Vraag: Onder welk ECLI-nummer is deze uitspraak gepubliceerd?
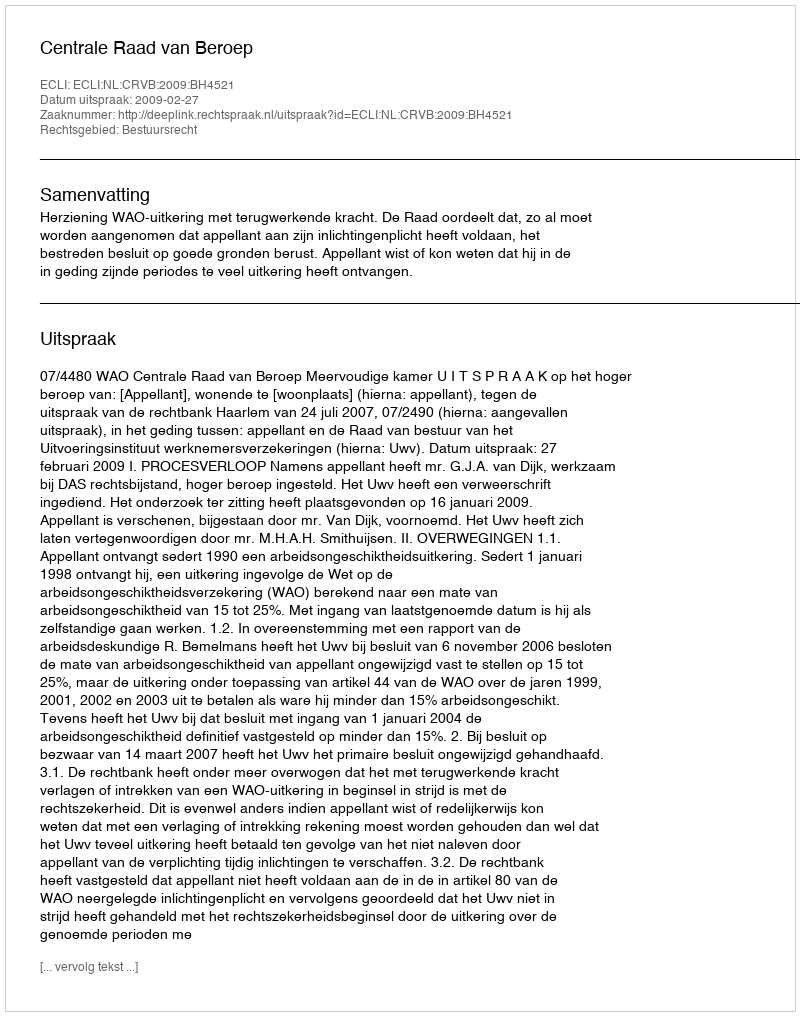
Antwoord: ECLI:NL:CRVB:2009:BH4521